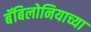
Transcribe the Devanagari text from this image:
बॅबिलोनियाच्या